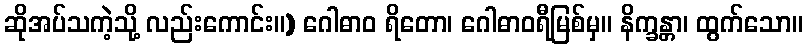
ဆိုအပ်သကဲ့သို့ လည်းကောင်း။) ဂေါဓာဝ ရိတော၊ ဂေါဓာဝရီမြစ်မှ။ နိက္ခန္တာ၊ ထွက်သော။